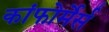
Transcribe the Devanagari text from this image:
कांफोर्मेर्स